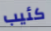
كئيب